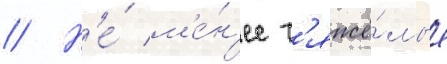
// Н'е́ м'е́н'ее т'яжё́лые